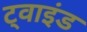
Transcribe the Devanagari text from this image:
ट्वाइंड